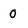
Character: 0